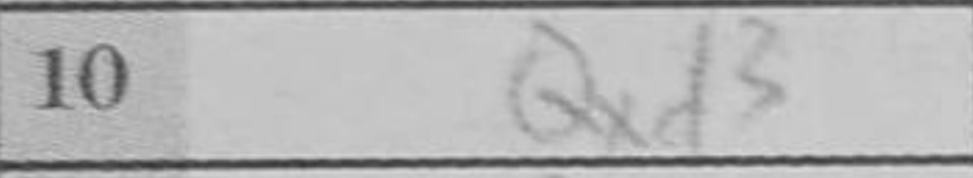
Transcription: Qxd3